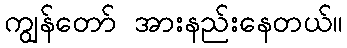
ကျွန်တော် အားနည်းနေတယ်။